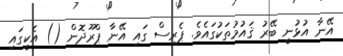
އޭނާ އުޅުނީ ބޭރު ޤައުމުތަކުގައެވެ. ޕެރިސް ގައި އޭނާ ޕްރޫދޮން () އެކީގައި